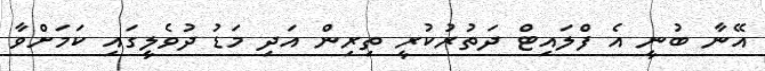
އޭނާ ބުނީ އެ ފްލައިޓް ދަތުރުކުރީ ތިރިން އަދި މަޑު ދުވެލީގައި ކަމަށްވާ